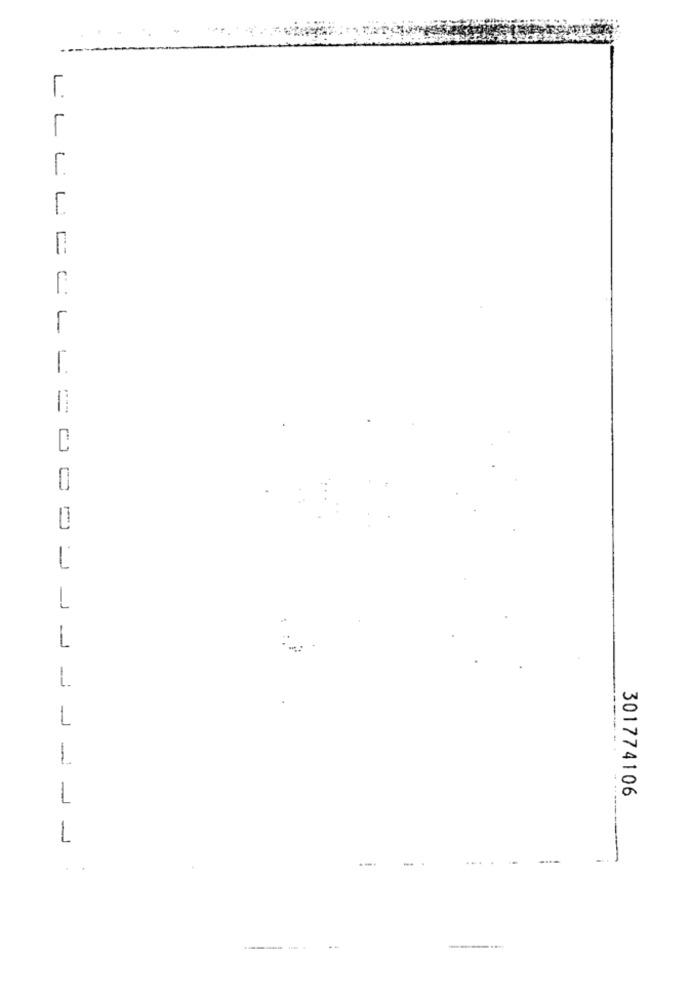
L
٢
L
1
1
1
1
301774106
1
1